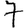
Digit: 7